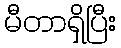
မီတာရှိပြီး